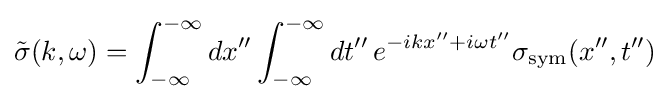
{\tilde {\sigma }}(k,\omega )=\int _{-\infty }^{-\infty }dx''\int _{-\infty }^{-\infty }dt''\,e^{-ikx''+i\omega t''}\sigma _{\rm {sym}}(x'',t'')